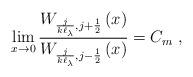
LaTeX: \begin{align*}\lim_{x\rightarrow 0} \frac{W_{\frac{j}{k\ell_{\lambda }},j+\frac{1}{2}}\left( x\right) }{W_{\frac{j}{k\ell _{\lambda}},j-\frac{1}{2}}\left( x\right) }=C_m\;,\end{align*}